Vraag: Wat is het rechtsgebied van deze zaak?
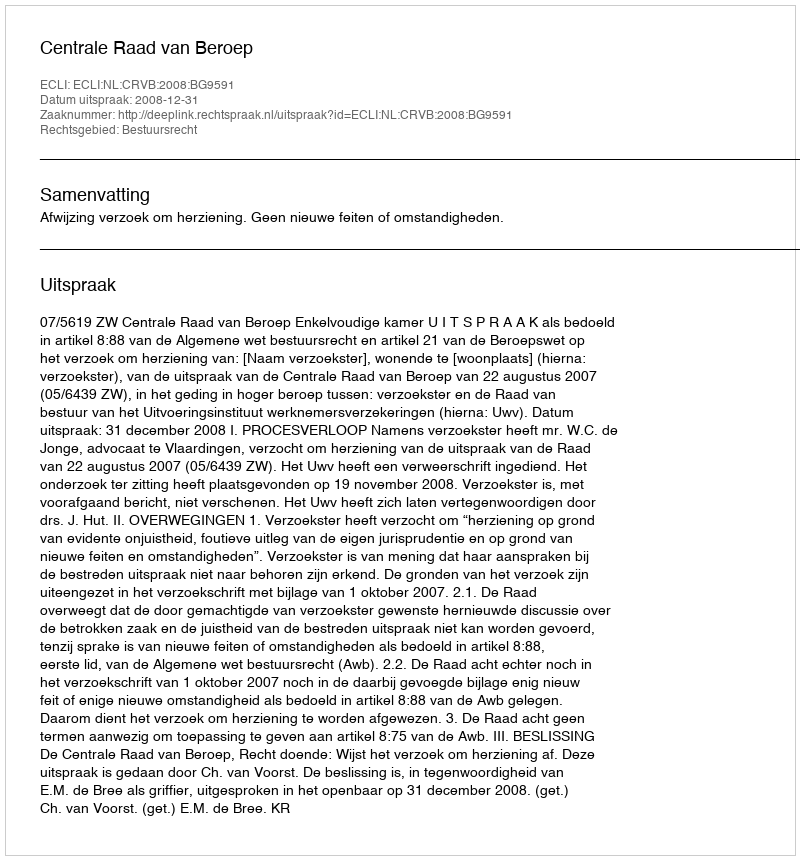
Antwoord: Bestuursrecht